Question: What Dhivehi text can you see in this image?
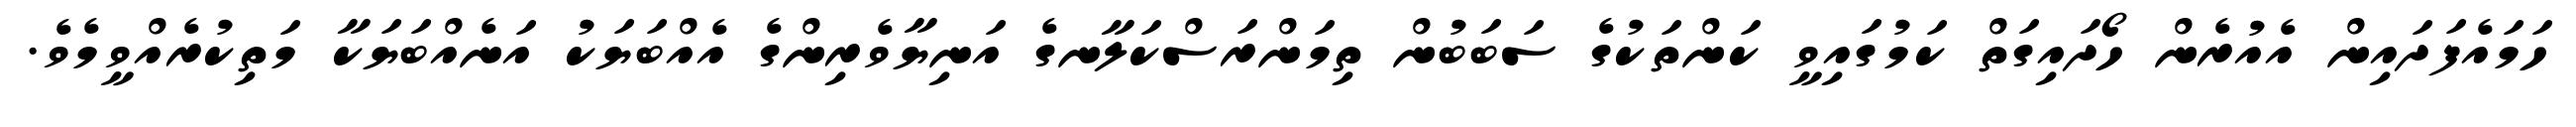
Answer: ހަމައެފަދައިން އެއުރެން ހޯދައިގަތް ކަމުގައިވީ ކަންތަކުގެ ސަބަބުން ތިމަންރަސްކަލާނގެ އަނިޔާވެރިންގެ އެއްބަޔަކު އަނެއްބަޔަކާ މަތިކުރެއްވީމެވެ.